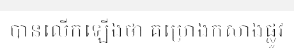
បានលើកឡើងថា គម្រោងកសាងផ្លូវ